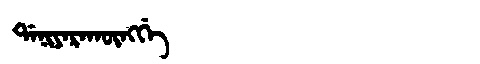
Manchu: ᡩᠠᠨᡳᠶᠠᡵᠠᡴᡡᠩᡤᡝ
Romanization: DANIYARAKŪNGGE